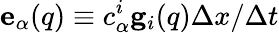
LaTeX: {\mathbf e}_{\alpha}({q})\equiv{c}_{\alpha}^{i}{\mathbf g}_{i}({q})\Delta x/\Delta t